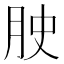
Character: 𭨮